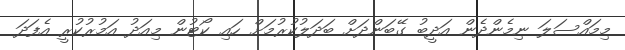
މިމައްސަލަ ނިމެންދެން އަދީބު ގޭބަންދަށް ބަދަލުކުރުމަށް ހައި ކޯޓުން މިއަދު އަމުރުކުރީ އެފަދަ